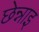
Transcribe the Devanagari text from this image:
छेन्नाइ